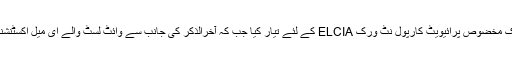
’پول سرکل‘ نے ایک مخضوص پرائیویٹ کارپول نٹ ورک ELCIA کے لئے تیار کیا جب کہ آخرالذکر کی جانب سے وائٹ لسٹ والے ای میل اکسٹنشنس فراہم کئے گئے۔